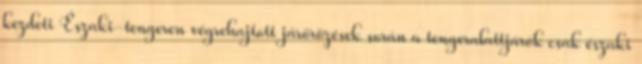
kezdeti Északi-tengeren végrehajtott járőrözések során a tengeralattjárók csak északi